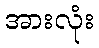
အားလုံး